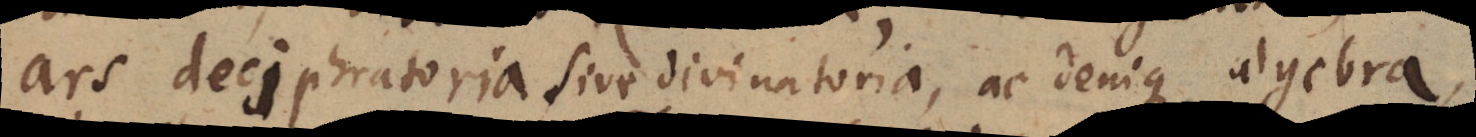
ars deciphratoria sive divinatoria, ac denique algebra,